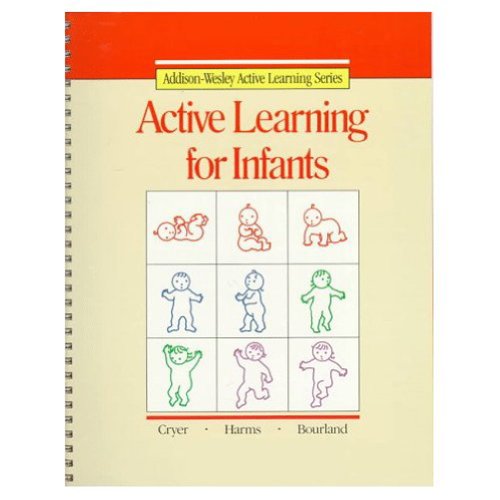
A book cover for ACTIVE LEARNING FOR INFANTS COPYRIGHT 1987 (Addison-Wesley Active Learning Series); DALE SEYMOUR PUBLICATIONS; Education & Teaching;